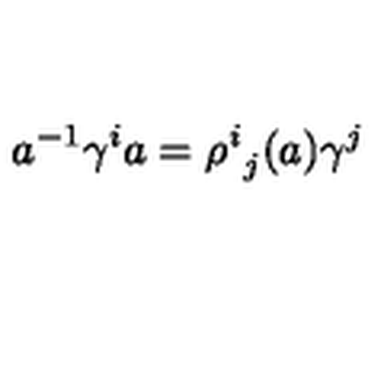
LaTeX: a ^ { - 1 } \gamma ^ { i } a = { \rho ^ { i } } _ { j } ( a ) \gamma ^ { j }